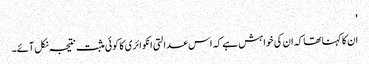
'
ان کا کہنا تھا کہ ان کی خواہش ہے کہ اس عدالتی انکوائری کا کوئی مثبت نتیجہ نکل آئے۔